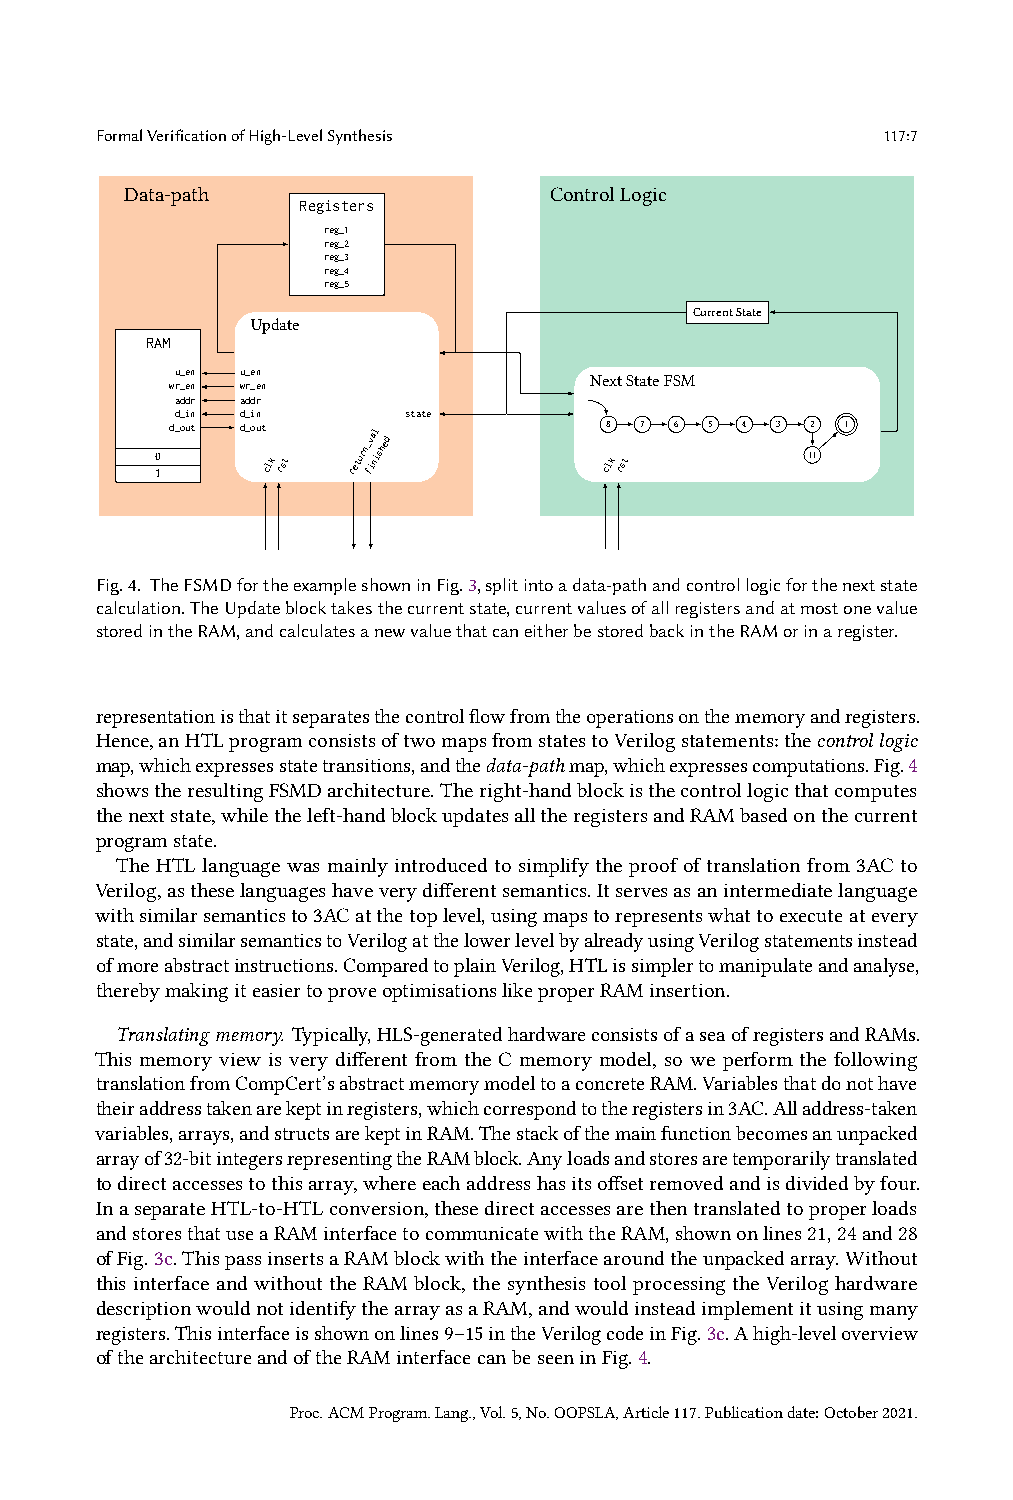
FormalVerificationofHigh-LevelSynthesis             117:7
 Data-path                   ControlLogic
 Registers
 reg_1
 reg_2
 reg_3
 reg_4
 reg_5
 CurrentState
 Update
 RAM
 u_en u_en                  NextStateFSM
 wr_en wr_en
 addr addr
 d_in d_in      state
 0
 1
 d_out d_out
 clk rst
 return_ fv ia nl ished cl8
 k rst
 7  6 5 4 3 12
 1
 1
 Fig.4. TheFSMDfortheexampleshowninFig.3,splitintoadata-pathandcontrollogicforthenextstate
 calculation.TheUpdateblocktakesthecurrentstate,currentvaluesofallregistersandatmostonevalue
 storedintheRAM,andcalculatesanewvaluethatcaneitherbestoredbackintheRAMorinaregister.
 representationisthatitseparatesthecontrolflowfromtheoperationsonthememoryandregisters.
 Hence,anHTLprogramconsistsoftwomapsfromstatestoVerilogstatements:thecontrollogic
 map,whichexpressesstatetransitions,andthedata-pathmap,whichexpressescomputations.Fig.4
 showstheresultingFSMDarchitecture.Theright-handblockisthecontrollogicthatcomputes
 thenextstate,whiletheleft-handblockupdatesalltheregistersandRAMbasedonthecurrent
 programstate.
 The HTL language was mainly introduced to simplify the proof of translation from 3AC to
 Verilog,astheselanguageshaveverydifferentsemantics.Itservesasanintermediatelanguage
 withsimilarsemanticsto3ACatthetoplevel,usingmapstorepresentswhattoexecuteatevery
 state,andsimilarsemanticstoVerilogatthelowerlevelbyalreadyusingVerilogstatementsinstead
 ofmoreabstractinstructions.ComparedtoplainVerilog,HTLissimplertomanipulateandanalyse,
 therebymakingiteasiertoproveoptimisationslikeproperRAMinsertion.
 Translatingmemory. Typically,HLS-generatedhardwareconsistsofaseaofregistersandRAMs.
 This memory view is very different from the C memory model, so we perform the following
 translationfromCompCert’sabstractmemorymodeltoaconcreteRAM.Variablesthatdonothave
 theiraddresstakenarekeptinregisters,whichcorrespondtotheregistersin3AC.Alladdress-taken
 variables,arrays,andstructsarekeptinRAM.Thestackofthemainfunctionbecomesanunpacked
 arrayof32-bitintegersrepresentingtheRAMblock.Anyloadsandstoresaretemporarilytranslated
 todirectaccessestothisarray,whereeachaddresshasitsoffsetremovedandisdividedbyfour.
 InaseparateHTL-to-HTLconversion,thesedirectaccessesarethentranslatedtoproperloads
 andstoresthatuseaRAMinterfacetocommunicatewiththeRAM,shownonlines21,24and28
 ofFig.3c.ThispassinsertsaRAMblockwiththeinterfacearoundtheunpackedarray.Without
 this interface and without the RAM block, the synthesis tool processing the Verilog hardware
 descriptionwouldnotidentifythearrayasaRAM,andwouldinsteadimplementitusingmany
 registers.Thisinterfaceisshownonlines9ś15intheVerilogcodeinFig.3c.Ahigh-leveloverview
 ofthearchitectureandoftheRAMinterfacecanbeseeninFig.4.
 Proc.ACMProgram.Lang.,Vol.5,No.OOPSLA,Article117.Publicationdate:October2021.